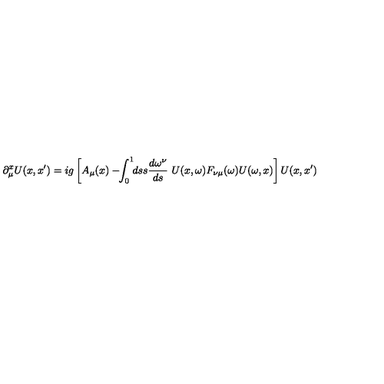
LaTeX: \partial _ { \mu } ^ { x } U ( x , x ^ { \prime } ) = i g \left[ A _ { \mu } ( x ) - \! \! \int _ { 0 } ^ { 1 } \! \! d s s { \frac { d \omega ^ { \nu } } { d s } } \ U ( x , \omega ) F _ { \nu \mu } ( \omega ) U ( \omega , x ) \right] U ( x , x ^ { \prime } )